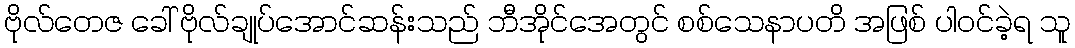
ဗိုလ်တေဇ ခေါ် ဗိုလ်ချုပ်အောင်ဆန်းသည် ဘီအိုင်အေတွင် စစ်သေနာပတိ အဖြစ် ပါဝင်ခဲ့ရ သူ